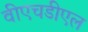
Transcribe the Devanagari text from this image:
वीएचडीएल